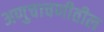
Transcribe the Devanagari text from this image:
अणुचाचणीतील